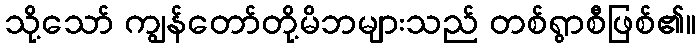
သို့သော် ကျွန်တော်တို့မိဘများသည် တစ်ရွာစီဖြစ်၏။